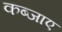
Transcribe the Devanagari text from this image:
कब्जाए